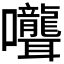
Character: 𭍎